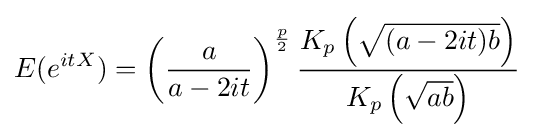
E(e^{itX})=\left({\frac {a}{a-2it}}\right)^{\frac {p}{2}}{\frac {K_{p}\left({\sqrt {(a-2it)b}}\right)}{K_{p}\left({\sqrt {ab}}\right)}}